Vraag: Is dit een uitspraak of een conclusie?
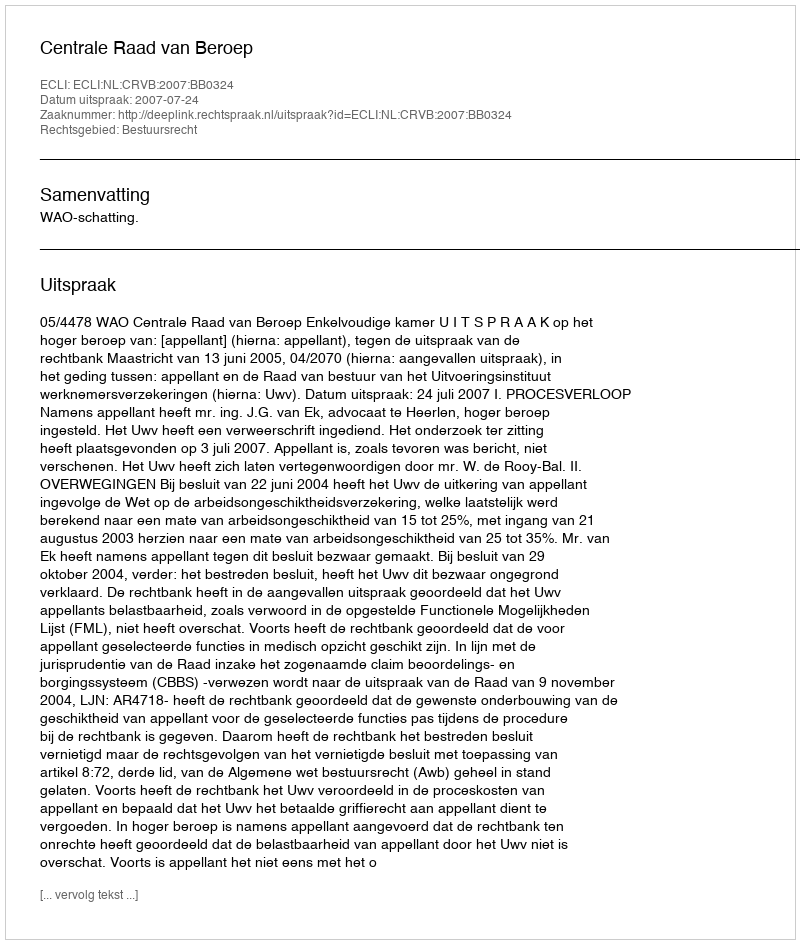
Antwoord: Uitspraak